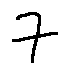
7